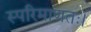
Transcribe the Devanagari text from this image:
स्परिमाणतः।